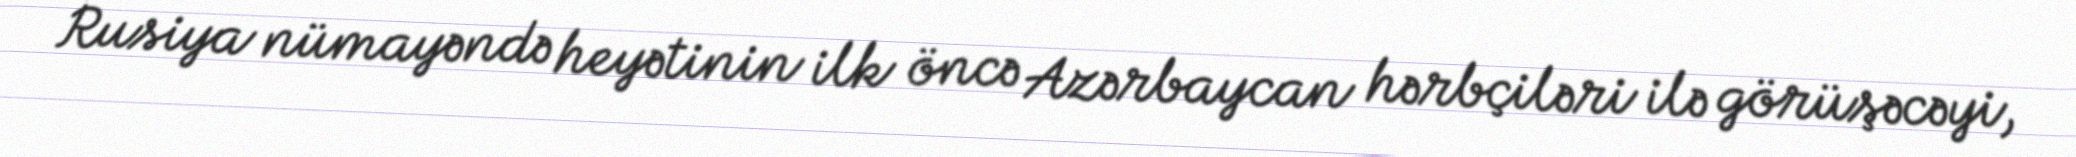
Rusiya nümayəndə heyətinin ilk öncə Azərbaycan hərbçiləri ilə görüşəcəyi,